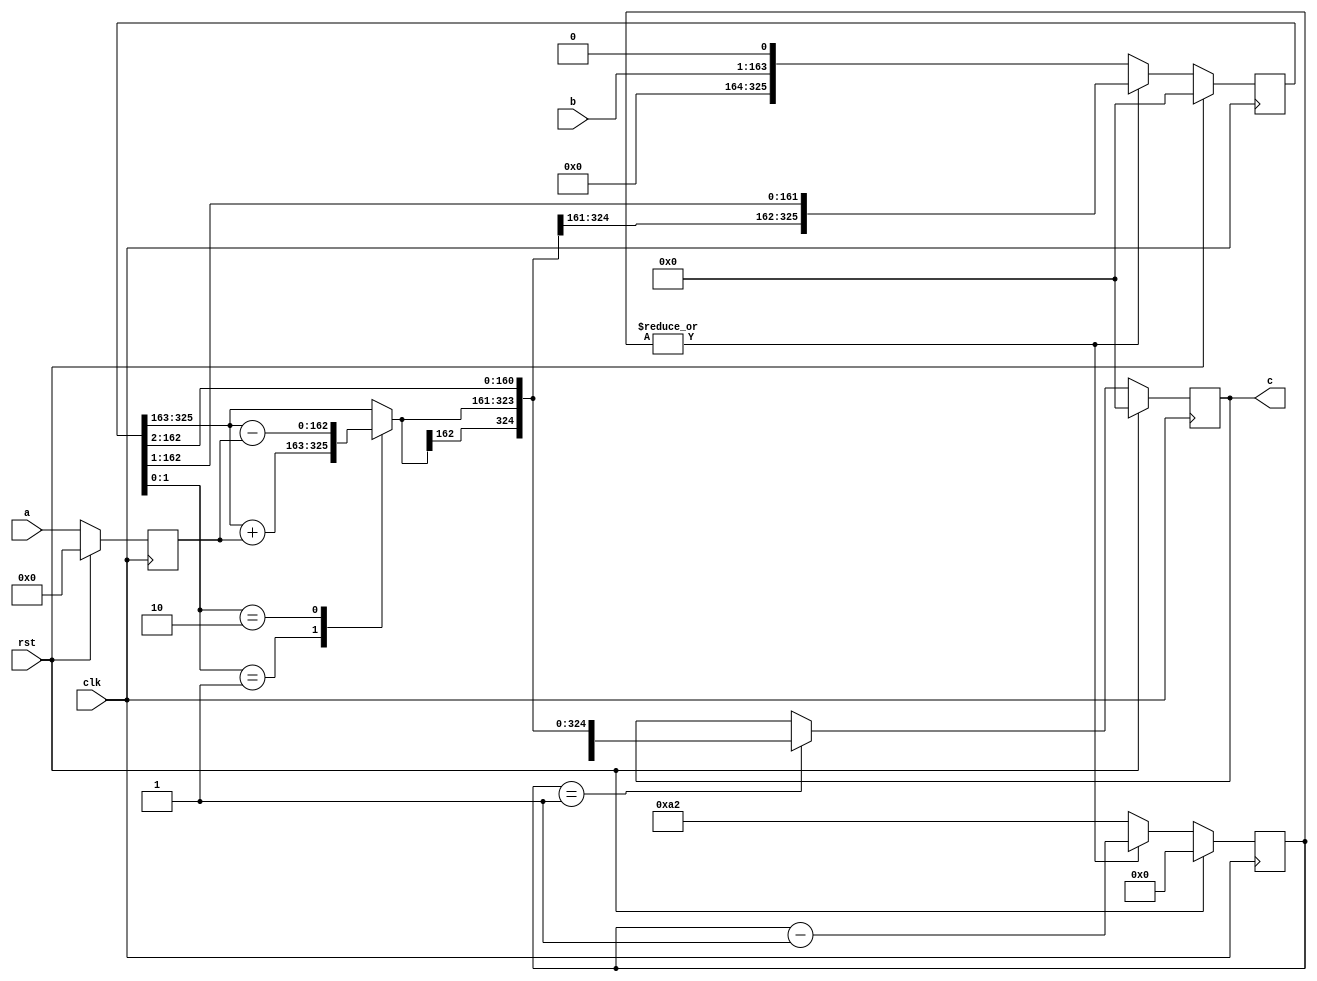
// TalTech large integer multiplier library
// Multiplier type: booth
// Parameters: 163 163 2
// Target tool: genus
module booth(clk, rst, a, b, c);
input clk;
input rst;
input [162:0] a;
input [162:0] b;
output reg [325:0] c;

// Testing 456
reg [162:0] c_temp_1;


// Registers declaration 
reg  [162:0] mul_w_signguard;
reg  [7:0] count;
reg  [162:0] add_w_signguard;
reg  [325:0] mul_ab1;

// Step-1 of Booth Multiplier
always @(posedge clk) begin
	if (rst)
		count <= 8'd0;
	else if (|count)
		count <= (count - 1);
	else
		count <= 8'd162;
end

// Step-2 of Booth Multiplier
always @(posedge clk) begin
	if (rst)
		mul_w_signguard <= 162'd0;
	else
		mul_w_signguard <= {a[162 - 1], a};
end

// Step-3 of Booth Multiplier
always @(*) begin
	case (mul_ab1[1:0])
		2'b01     : c_temp_1 <= mul_ab1[325:163] + mul_w_signguard;
		2'b10     : c_temp_1 <= mul_ab1[325:163] - mul_w_signguard;
		default   : c_temp_1 <= mul_ab1[325:163];
	endcase
end

// Step-4 of Booth Multiplier
always @(posedge clk) begin
	if (rst)
		mul_ab1 <= 325'd0;
	else if (|count)
		mul_ab1 <= {c_temp_1[162], c_temp_1, mul_ab1[162:1]};
	else
		mul_ab1 <= {b, 1'b0};
end

// Step-5 of Booth Multiplier
always @(posedge clk) begin
	if (rst)
		c <= 325'd0;
	else if (count == 1)
		c <= {c_temp_1[162], c_temp_1, mul_ab1[162:2]};
end

// pipeline stages
always @(posedge clk) begin
	add_w_signguard <= c_temp_1;
end
endmodule